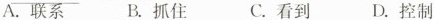
A.联系 B.抓住 C.看到 D.控制